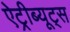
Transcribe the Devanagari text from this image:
ऐट्रीब्यूट्स